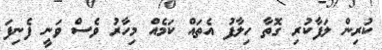
ކުރިން ލަފާކުރި ގޮތާ ހިލާފު އެތައް ކަމެއް މިހާރު ވެސް ވަނީ ފެނިފަ